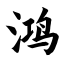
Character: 鸿